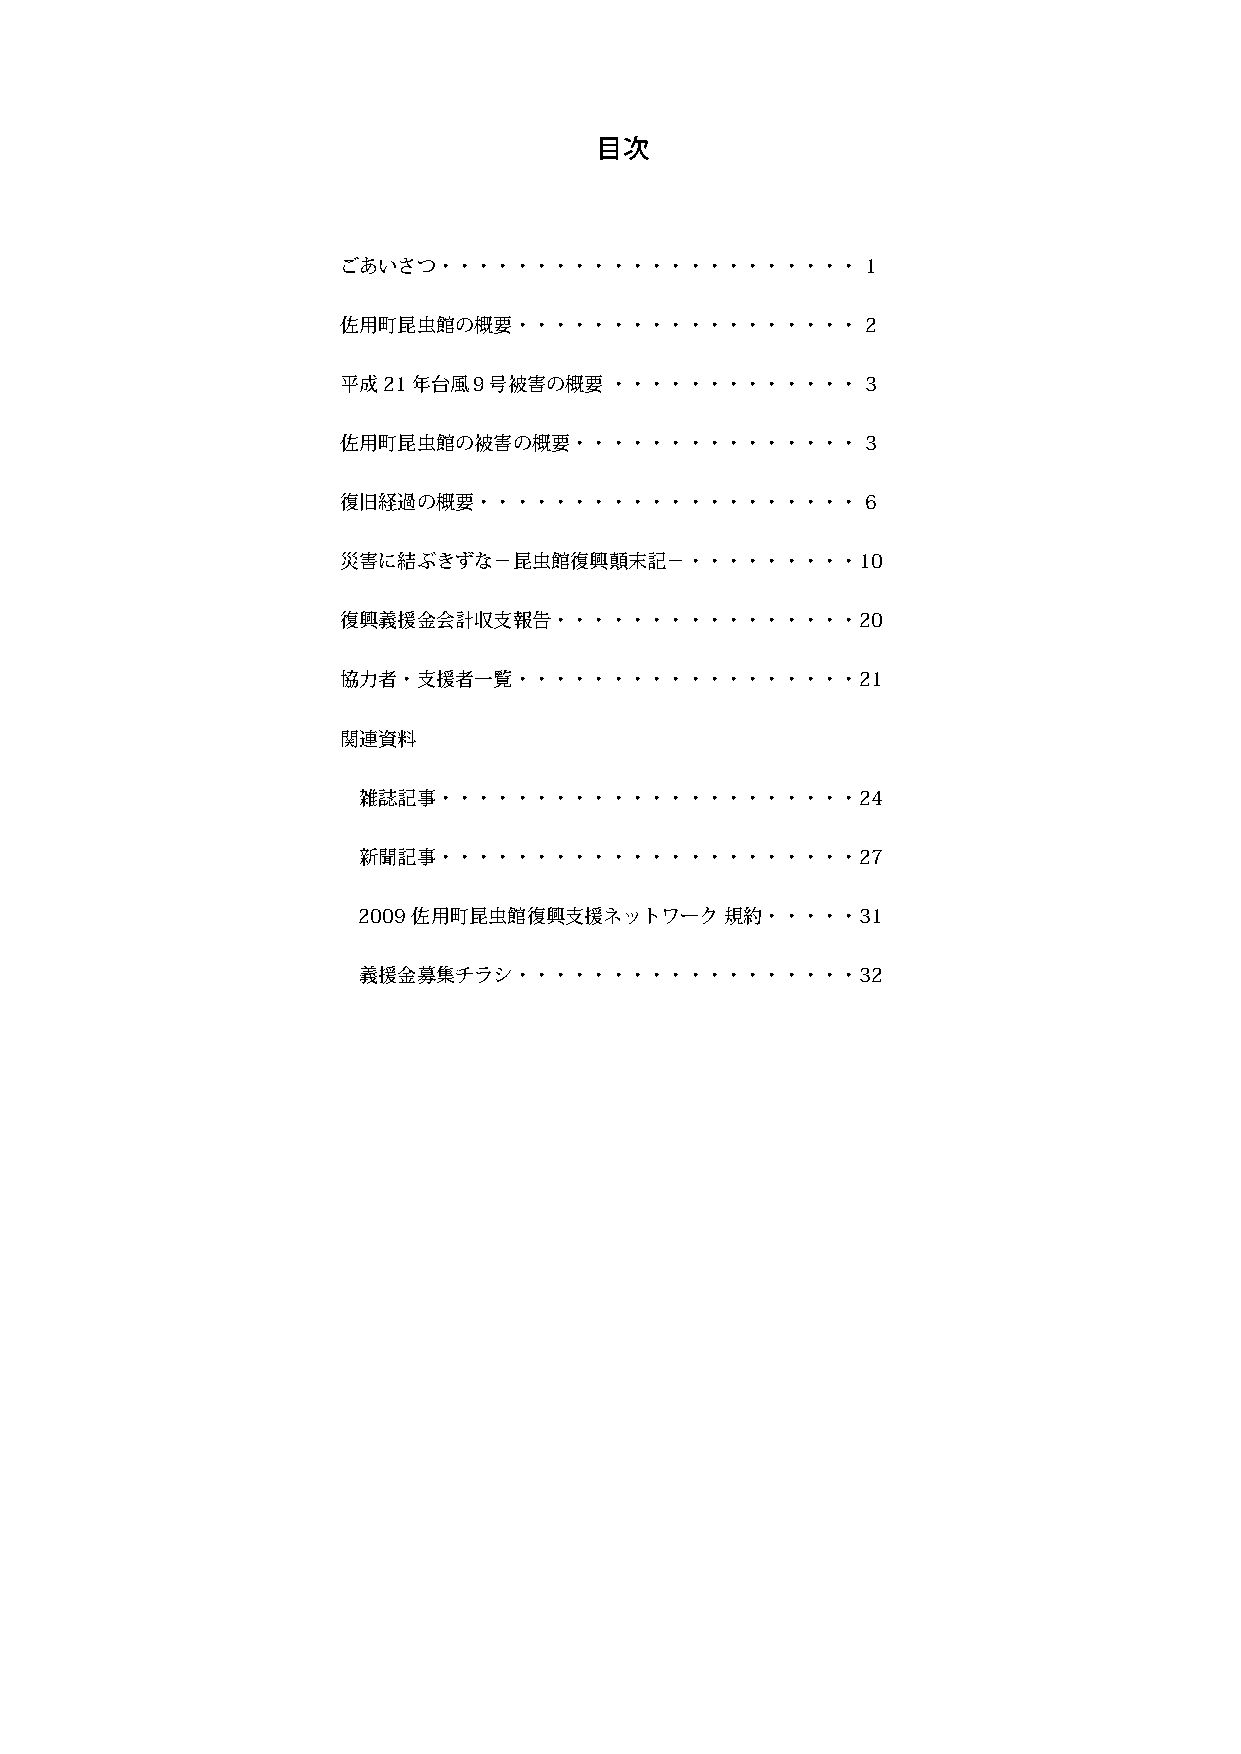
目次
 ごあいさつ・・・・・・・・・・・・・・・・・・・・・・        1
 佐用町昆虫館の概要・・・・・・・・・・・・・・・・・・        2
 平成21年台風９号被害の概要・・・・・・・・・・・・・・       3
 佐用町昆虫館の被害の概要・・・・・・・・・・・・・・・        3
 復旧経過の概要・・・・・・・・・・・・・・・・・・・・        6
 災害に結ぶきずな−昆虫館復興顛末記−・・・・・・・・・10
 復興義援金会計収支報告・・・・・・・・・・・・・・・・20
 協力者・支援者一覧・・・・・・・・・・・・・・・・・・21
 関連資料
 雑誌記事・・・・・・・・・・・・・・・・・・・・・・24
 新聞記事・・・・・・・・・・・・・・・・・・・・・・27
 2009佐用町昆虫館復興支援ネットワーク・規約・・・・・31
 義援金募集チラシ・・・・・・・・・・・・・・・・・・32